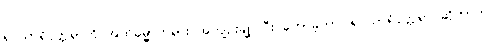
ရှင်သာရိပုတ္တရာကို အဘိဓမ္မာတရား အကျဉ်းချုပ်ပြီး ဟောခဲ့တာ၊ ရှင်သာရိပုတ္တရာ ဆိုတာက